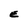
Character: E